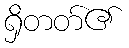
ရှိတတ်၏